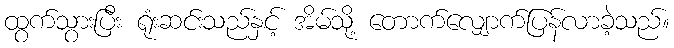
ထွက်သွားပြီး ရုံးဆင်းသည်နှင့် အိမ်သို့ တောက်လျှောက်ပြန်လာခဲ့သည်။